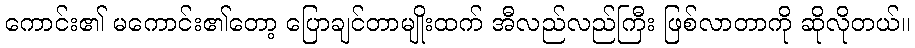
ကောင်း၏ မကောင်း၏တော့ ပြောချင်တာမျိုးထက် အီလည်လည်ကြီး ဖြစ်လာတာကို ဆိုလိုတယ်။